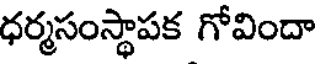
ధర్మసంస్థాపక గోవిందా